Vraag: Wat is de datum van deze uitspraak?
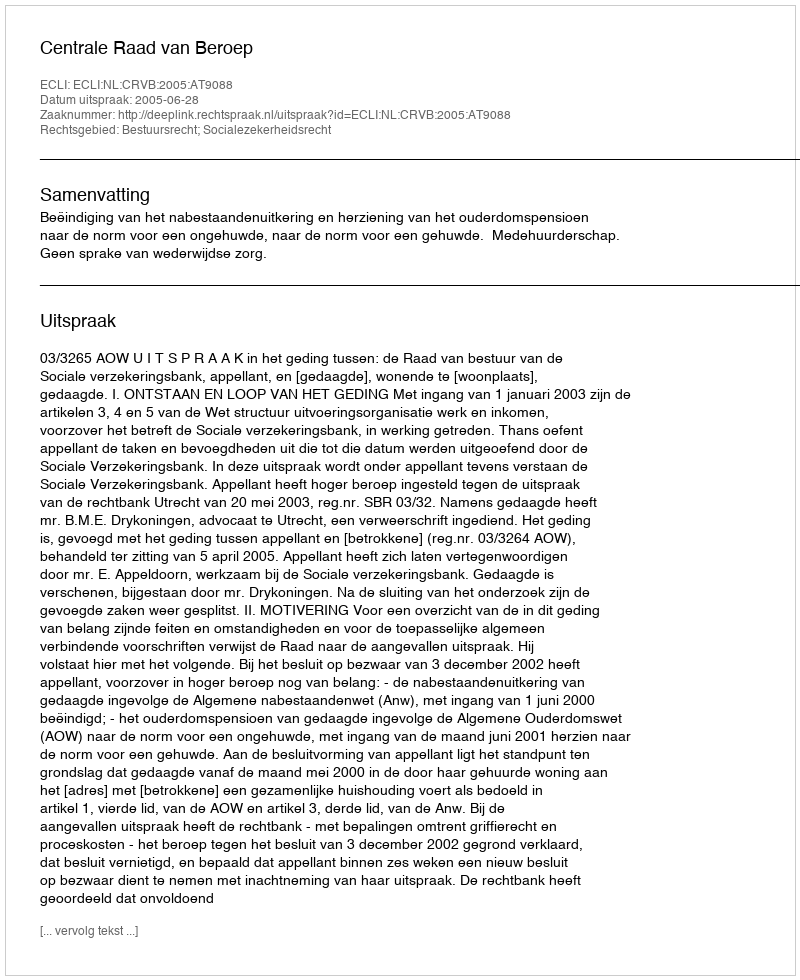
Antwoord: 2005-06-28